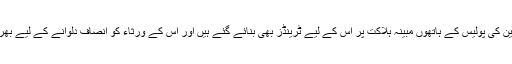
عوامی حلقوں کی جانب سے صلاح الدین کی پولیس کے ہاتھوں مبینہ ہلاکت پر اس کے لیے ٹرینڈز بھی بنائے گئے ہیں اور اس کے ورثاء کو انصاف دلوانے کے لیے بھرپور انداز سے مہم چلائی جا رہی ہے۔